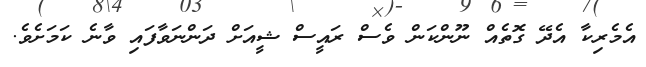
އެމެރިކާ އެދޭ ގޮތެއް ނޫންކަން ވެސް ރައީސް ޝީއަށް ދަންނަވާފައި ވާނެ ކަމަށެވެ.